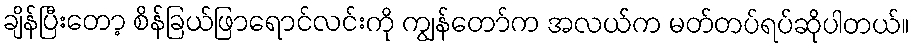
ချိန်ပြီးတော့ စိန်ခြယ်ဖြာရောင်လင်းကို ကျွန်တော်က အလယ်က မတ်တပ်ရပ်ဆိုပါတယ်။